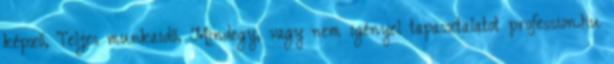
képző, Teljes munkaidő, Mindegy, vagy nem igényel tapasztalatot profession.hu